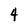
Character: 4